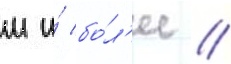
м и́ бо́л'ее //